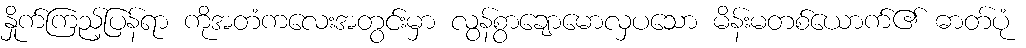
နှိုက်ကြည့်ပြန်ရာ ကိုအတံကလေးအတွင်းမှာ လွန်စွာချောမောလှပသော မိန်းမတစ်ယောက်၏ ဓာတ်ပုံ